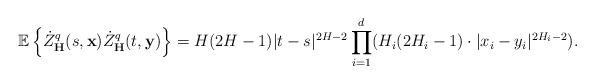
LaTeX: \begin{align*}\mathbb{E} \left\lbrace \dot Z^{q}_{\mathbf{H}}(s,\mathbf{x}) \dot Z^{q}_{\mathbf{H}}(t,\mathbf{y}) \right\rbrace = H(2H-1)|t-s|^{2H-2}\displaystyle \prod_{i=1}^{d}(H_{i}(2H_{i}-1) \cdot |x_i-y_i|^{2H_i-2}).\end{align*}